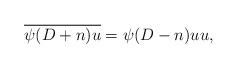
LaTeX: \begin{align*}\overline{\psi (D+n)u}=\psi (D-n)u u,\end{align*}